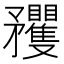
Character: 矡